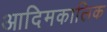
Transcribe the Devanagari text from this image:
आदिमकालिक